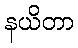
နယိတာ